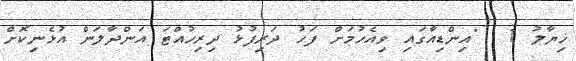
ޚިޔާލު 1  "އިންޑިއާގައި ވިއެހުމަށް ފަހު ދަރިފުޅު ދިރިހުއްޓަ އަންދާލަން އުޅެނިކޮށް